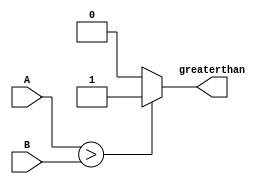
module comparator(A, B, greaterthan);
	input [9:0] A, B;
	reg greater;
	output greaterthan;

	always begin //Combinational logic 
		if (A > B) greater = 1'b1;
		else greater = 1'b0;
	end
	assign greaterthan = greater;
	
endmodule